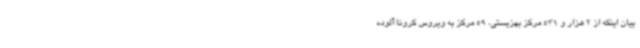
بیان اینکه از 2 هزار و 531 مرکز بهزیستی، 59 مرکز به ویروس کرونا آلوده